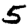
Digit: 5